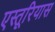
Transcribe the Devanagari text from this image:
एस्तूरियास